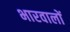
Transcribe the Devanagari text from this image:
भारवालों